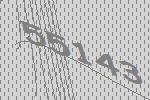
55143